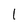
Character: 1